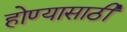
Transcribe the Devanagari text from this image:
होण्‍यासाठी